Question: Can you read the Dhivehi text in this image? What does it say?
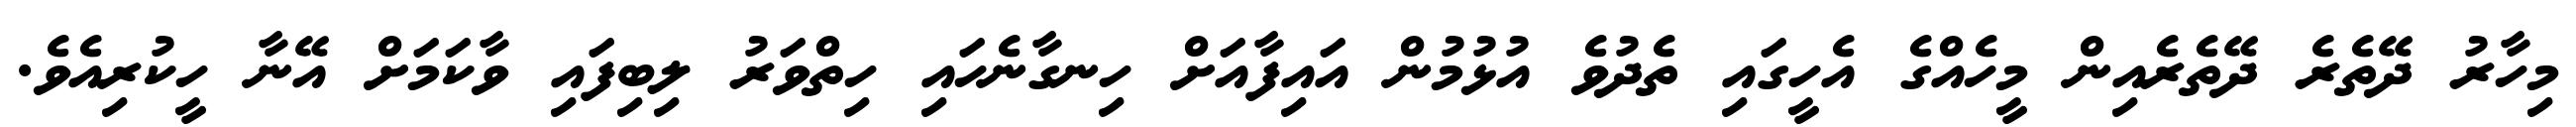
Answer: މިހާރު ދޭތެރެ ދޭތެރެއިން މީހެއްގެ އެހީގައި ތެދުވެ އުޅުމުން އައިފާއަށް ހިނގާނެހައި ހިތްވަރު ލިބިފައި ވާކަމަށް އޭނާ ހީކުރިއެވެ.